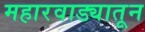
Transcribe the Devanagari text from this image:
महारवाड्यातून